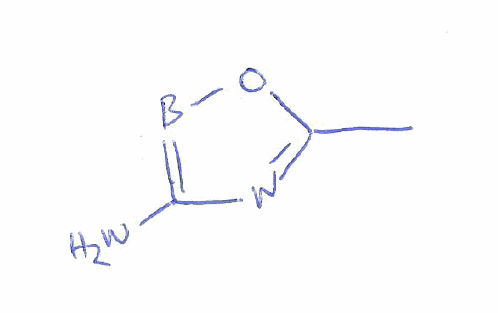
Simplified molecular-input line-entry system (SMILES) notation of the given molecule:
B1=C(N=C(O1)C)N